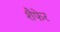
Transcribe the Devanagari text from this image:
शैफेर